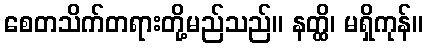
စေတသိက်တရားတို့မည်သည်။ နတ္ထိ၊ မရှိကုန်။